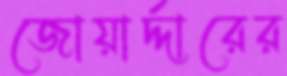
জোয়ার্দ্দারের